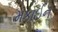
મકાઈન